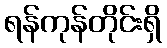
ရန်ကုန်တိုင်းရှိ